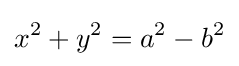
x^{2}+y^{2}=a^{2}-b^{2}